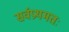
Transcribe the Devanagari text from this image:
सर्वप्रथमतः